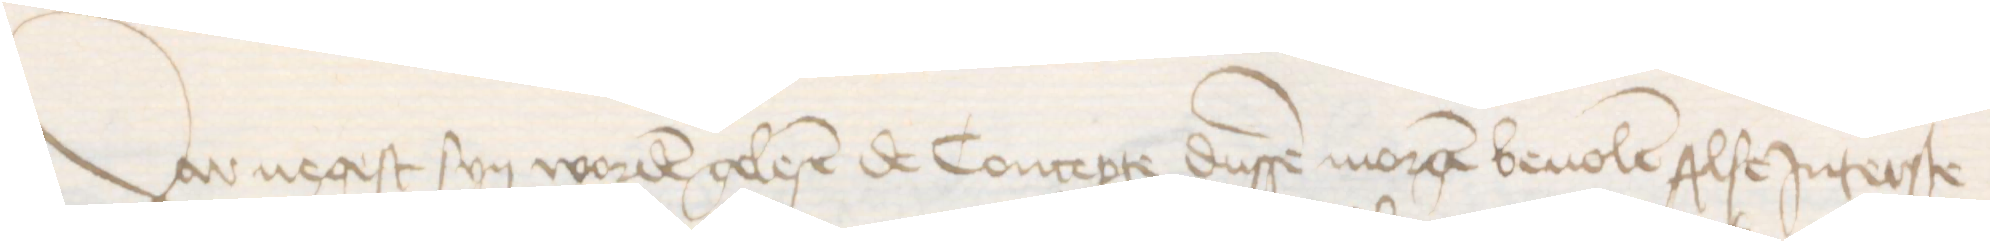
Dar negest syn worden gelesen de Concepte dussen morgen beuolen Alse Jnterste